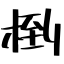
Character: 椡